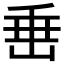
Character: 𡸁